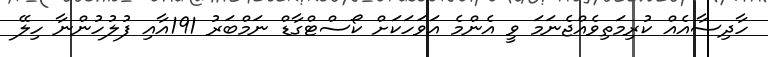
ހާދިސާއެއް ކުރިމަތިވެއްޖެނަމަ ވީ އެންމެ އަވަހަކަށް ކޯސްޓްގާޑް ނަމްބަރު 191އާއި ފުލުހުންނާ ހިލޭ